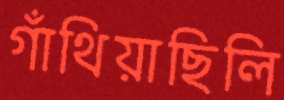
গাঁথিয়াছিলি